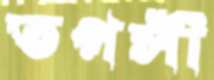
তপসী